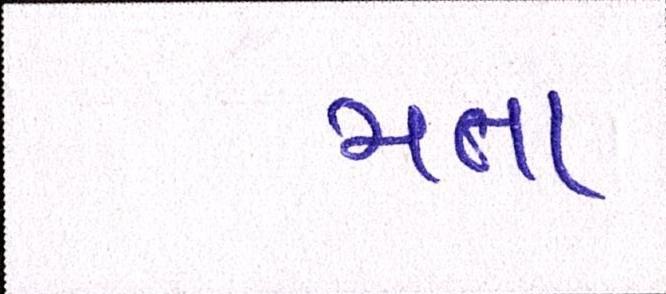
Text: મતા